画像に写った文字を読んでください
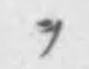
「ヲ」と書いてあります